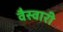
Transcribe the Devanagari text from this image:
वैस्वारी